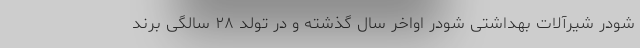
شودر شیرآلات بهداشتی شودر اواخر سال گذشته و در تولد ۲۸ سالگی برند